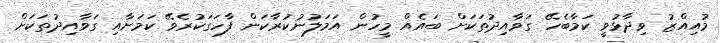
މުއިއްޒު ވިދާޅުވީ ކަމާބެހޭ ގަވާއިދުތަކަށް ބައެއް މީހުން އަމަލުނުކުރާކަން ފާހަގަކުރެވޭ ކަމަށާއި ގަވާއިދުތަކަށް